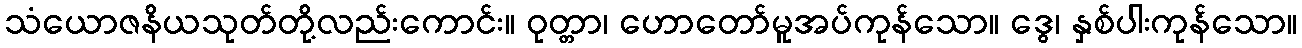
သံယောဇနိယသုတ်တို့လည်းကောင်း။ ဝုတ္တာ၊ ဟောတော်မူအပ်ကုန်သော။ ဒွေ၊ နှစ်ပါးကုန်သော။